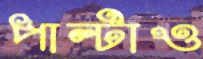
পাল্টাও